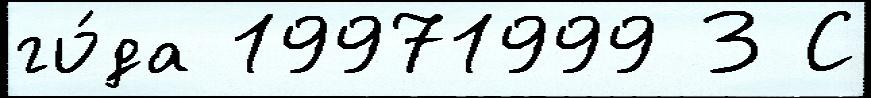
го́да 19971999 3 С